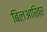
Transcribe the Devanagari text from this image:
बिलआख़िर